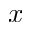
x